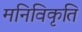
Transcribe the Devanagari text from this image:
मनिविकृति